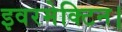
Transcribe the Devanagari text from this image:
इवरमेक्टिन।